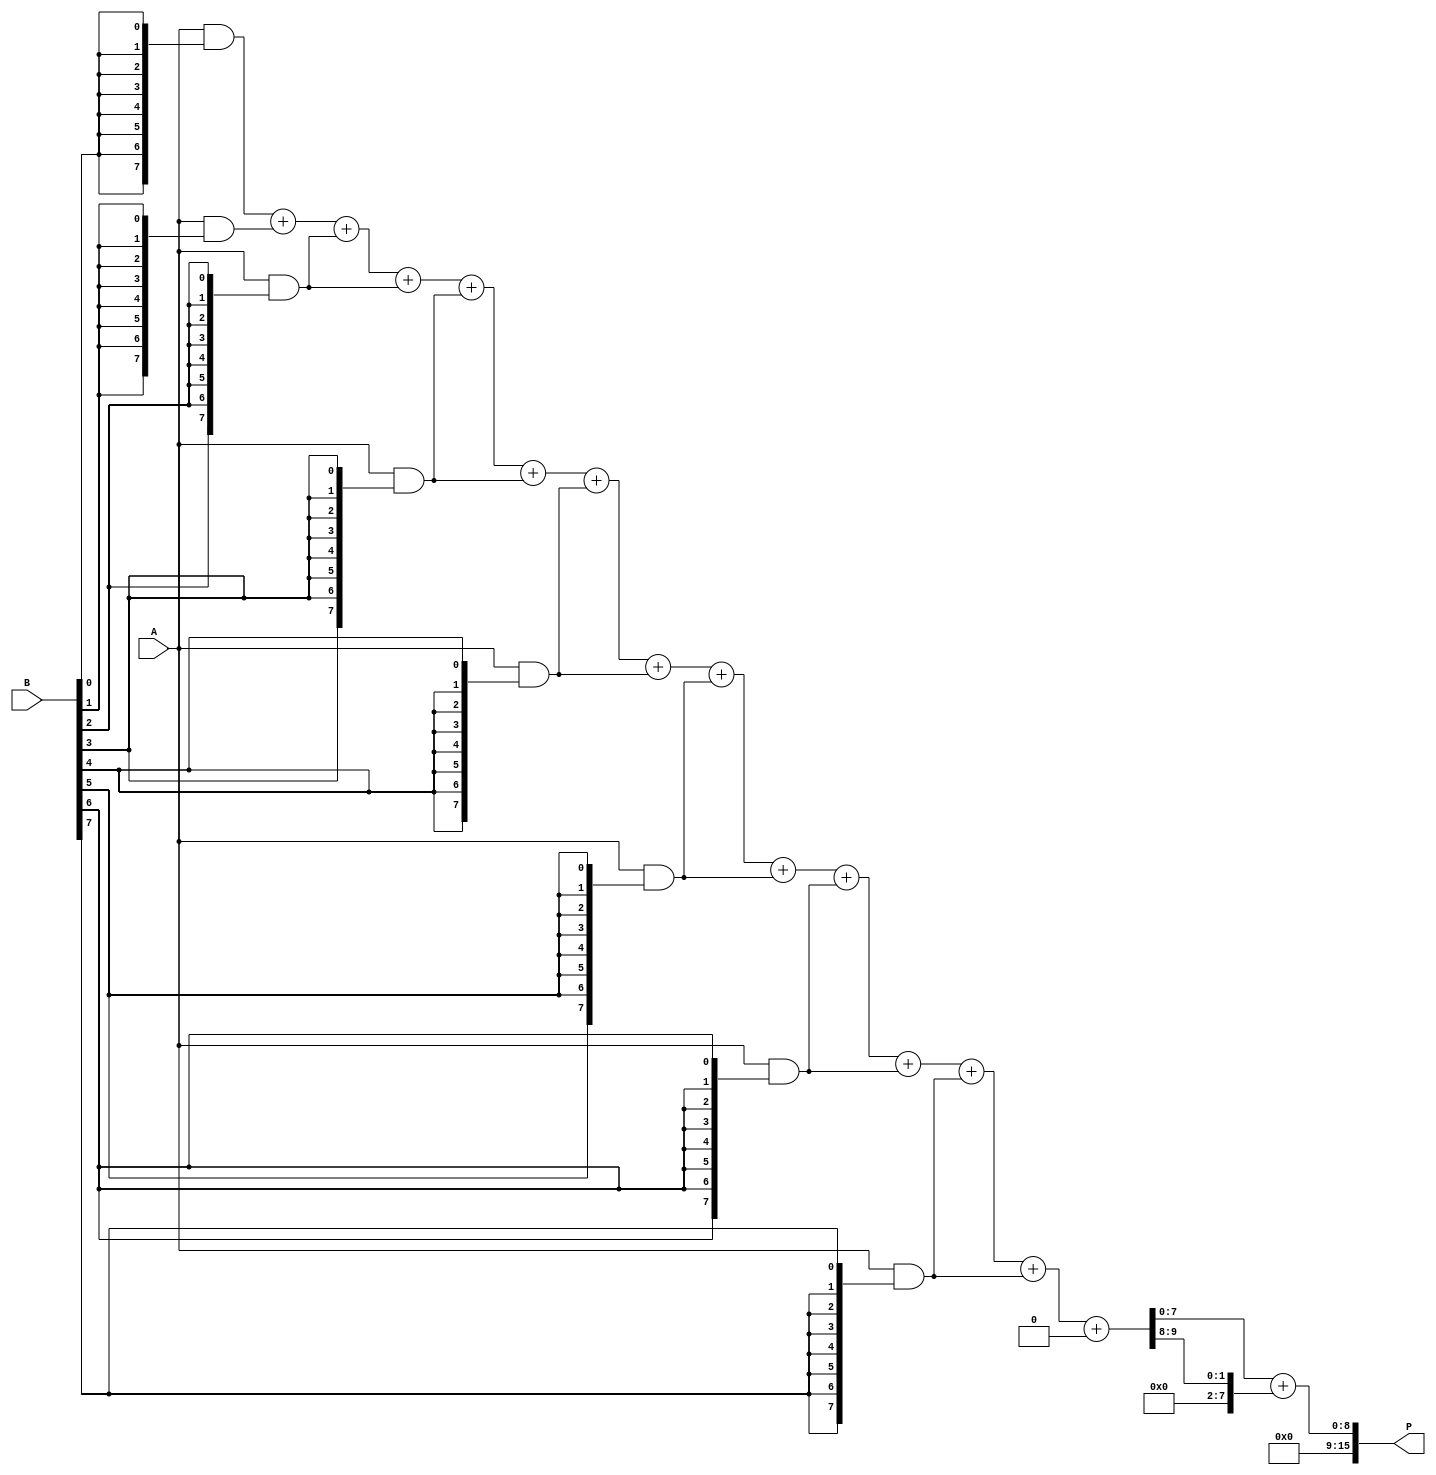
module AdaptiveWallaceTreeMultiplier #(parameter N = 8) (
    input [N-1:0] A,
    input [N-1:0] B,
    output reg [2*N-1:0] P
);

    // Partial product generation
    wire [N-1:0] pp [N-1:0];

    genvar i;
    generate
        for (i = 0; i < N; i = i + 1) begin : gen_partial_products
            assign pp[i] = A & {N{B[i]}}; // ANDing A with each bit of B
        end
    endgenerate

    // Reduction stage: Wallace Tree logic
    wire [N-1:0] sum[0:N-1]; // intermediate sums
    wire [N:0] carry[0:N-1]; // carry bits

    // Initial stage of reduction
    generate
        for (i = 0; i < N; i = i + 1) begin : reduction_stage
            if (i == 0) begin
                assign sum[i] = pp[i];
                assign carry[i][0] = 0; // No carry in
            end else begin
                // Add three inputs at a time
                wire [N-1:0] temp_sum;
                wire [N-1:0] temp_carry;

                assign {temp_carry, temp_sum} = {1'b0, sum[i-1]} + {1'b0, pp[i]} + (i < N-1 ? {1'b0, pp[i+1]} : {N{1'b0}});
                assign sum[i] = temp_sum;
                assign carry[i] = temp_carry;
            end
        end
    endgenerate

    // Final addition (using a simple adder for demonstration)
    wire [N-1:0] final_sum;
    wire final_carry;

    assign {final_carry, final_sum} = sum[N-1] + carry[N-1];

    // Assign final product
    always @(*) begin
        P = {final_carry, final_sum}; // Combine the final sum and carry
    end

endmodule